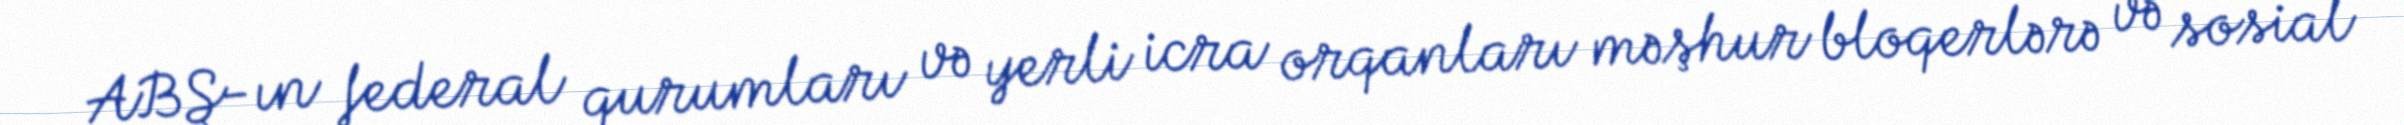
ABŞ-ın federal qurumları və yerli icra orqanları məşhur bloqerlərə və sosial